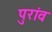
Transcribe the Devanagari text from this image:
पुरांव